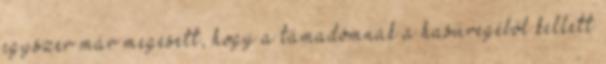
egyszer már megesett, hogy a támadómnak a hasüregéből kellett